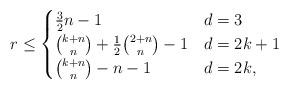
LaTeX: \begin{align*} r \le \begin{cases} \tfrac{3}{2}n - 1 & d = 3 \\ \binom{k + n}{n} + \frac{1}{2} \binom{2+n}{n} - 1 & d = 2k + 1 \\ \binom{k + n}{n} - n - 1 & d = 2k, \end{cases}\end{align*}